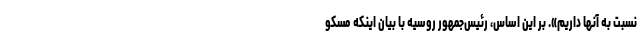
نسبت به آنها داریم». بر این اساس، رئیس‌جمهور روسیه با بیان اینکه مسکو